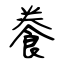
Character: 餋